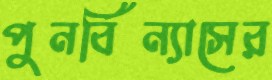
পুনর্বিন্যাসের